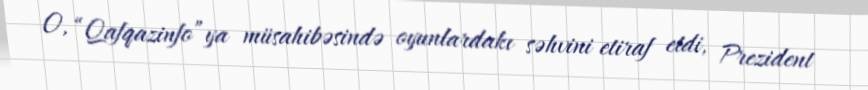
O, “Qafqazinfo”ya müsahibəsində oyunlardakı səhvini etiraf etdi, Prezident